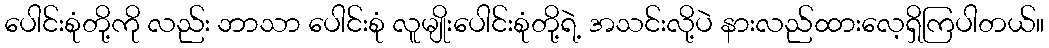
ပေါင်းစုံတို့ကို လည်း ဘာသာ ပေါင်းစုံ လူမျိုးပေါင်းစုံတို့ရဲ့ အသင်းလို့ပဲ နားလည်ထားလေ့ရှိကြပါတယ်။